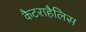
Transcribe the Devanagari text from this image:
कैटराहैलिस